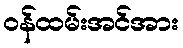
ဝန်ထမ်းအင်အား